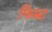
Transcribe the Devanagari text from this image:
फिस्र्ट